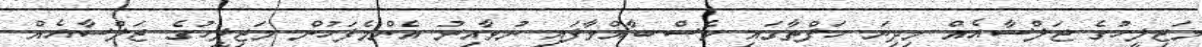
މަޖިލީހުގެ ޖަލްސާއެއް މިދިޔަ ހަފްތާގައި ވެސް ބާއްވާފައި ނުވާއިރު އެންމެފަހުން މަޖިލީހުގެ ޖަލްސާއެއް